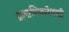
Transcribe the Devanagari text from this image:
प्रामाणिकतेचाही